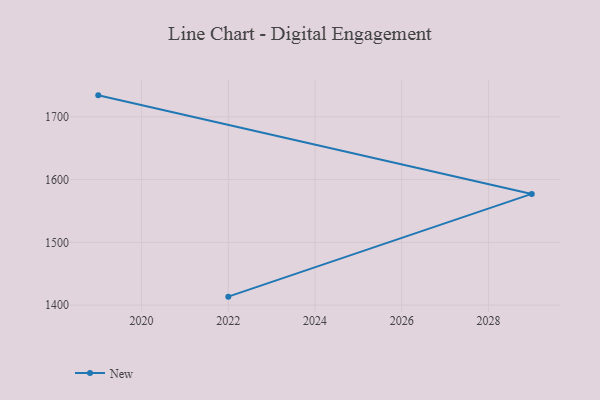
{"axis": {"x": "Year", "y": "Gross Profit (USD K)"}, "legend": ["New"], "data": [{"x": "2022", "y": 1413.5, "type": "New"}, {"x": "2029", "y": 1577.2, "type": "New"}, {"x": "2019", "y": 1734.2, "type": "New"}]}